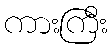
ကားကြီး